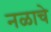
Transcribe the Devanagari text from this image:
नळाचे